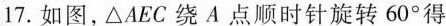
17.如图，\triangle AEC绕A点顺时针旋转60^{\circ}得